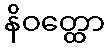
နိဝတ္ထော